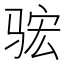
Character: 𮹈